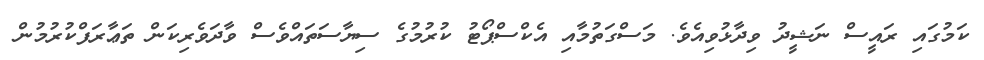
ކަމުގައި ރައީސް ނަޝީދު ވިދާޅުވިއެވެ. މަސްގަތުމާއި އެކްސްޕޯޓު ކުރުމުގެ ސިޔާސަތައްވެސް ވާދަވެރިކަން ތަޢާރަފްކުރުމުން